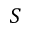
S